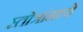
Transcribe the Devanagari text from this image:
स्तोत्रांमध्ये